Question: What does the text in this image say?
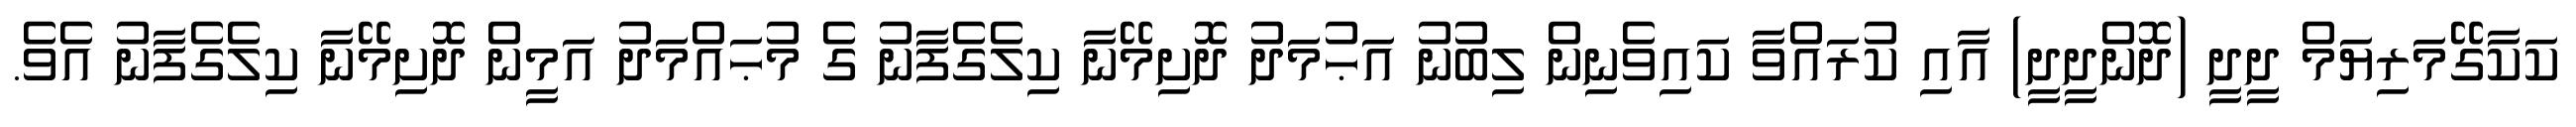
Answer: ކަކާގޭމަރިޔަމް ދީދީ (ދޮންދީދީ) އާއި ކުރައްވާ ކައިވެނިން ލިބުނު އަޙުމަދު ދޮށިމޭނާ ކިލެގެފާނު ގެ މުޙައްމަދު އަމީން ދޮށިމޭނާ ކިލެގެފާނު އެވެ.